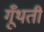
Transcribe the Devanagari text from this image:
गूँथतीं